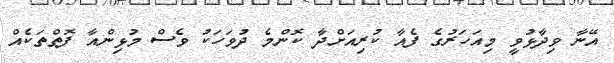
އޭނާ ވިދާޅުވީ މިއަހަރުގެ ފެއާ ކުރިއަށްދާ ކޮންމެ ދުވަހަކު ވެސް މުޅިންއާ ފޮތްތަކެއް